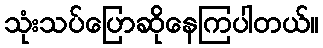
သုံးသပ်ပြောဆိုနေကြပါတယ်။